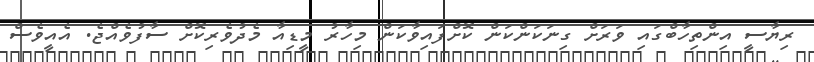
ރިޔާސީ އިންތިހާބްގައި ވަރަށް ގިނަކަންކަން ކޮށްފައިވާކަން މިހާރު މީޑިއާ މެދުވެރިކޮށް ސާފުވެއްޖެ. އެއީވެސް